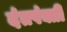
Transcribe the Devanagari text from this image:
दंतपंक्ती